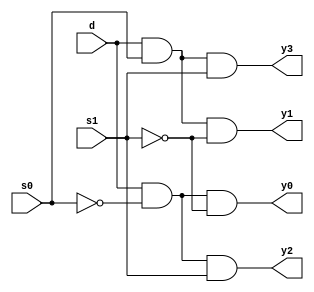
`timescale 1ns / 1ps
//////////////////////////////////////////////////////////////////////////////////
// Company: 
// Engineer: 
// 
// Design Name: 
// Module Name: demux_1x4
// Project Name: 
// Target Devices: 
// Tool Versions: 
// Description: 
// 
// Dependencies: 
// 
// Revision:
// Revision 0.01 - File Created
// Additional Comments:
// 
//////////////////////////////////////////////////////////////////////////////////


module demux_1x4(
 input d,
    input s0,
    input s1,
    output y0,
    output y1,
    output y2,
    output y3
    );
assign s1n = ~ s1;
assign s0n = ~ s0;
assign y0 = d& s0n & s1n;
assign y1 = d & s0 & s1n;
assign y2 = d & s0n & s1;
assign y3 = d & s0 & s1;
endmodule